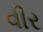
વીર